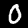
Digit: 0